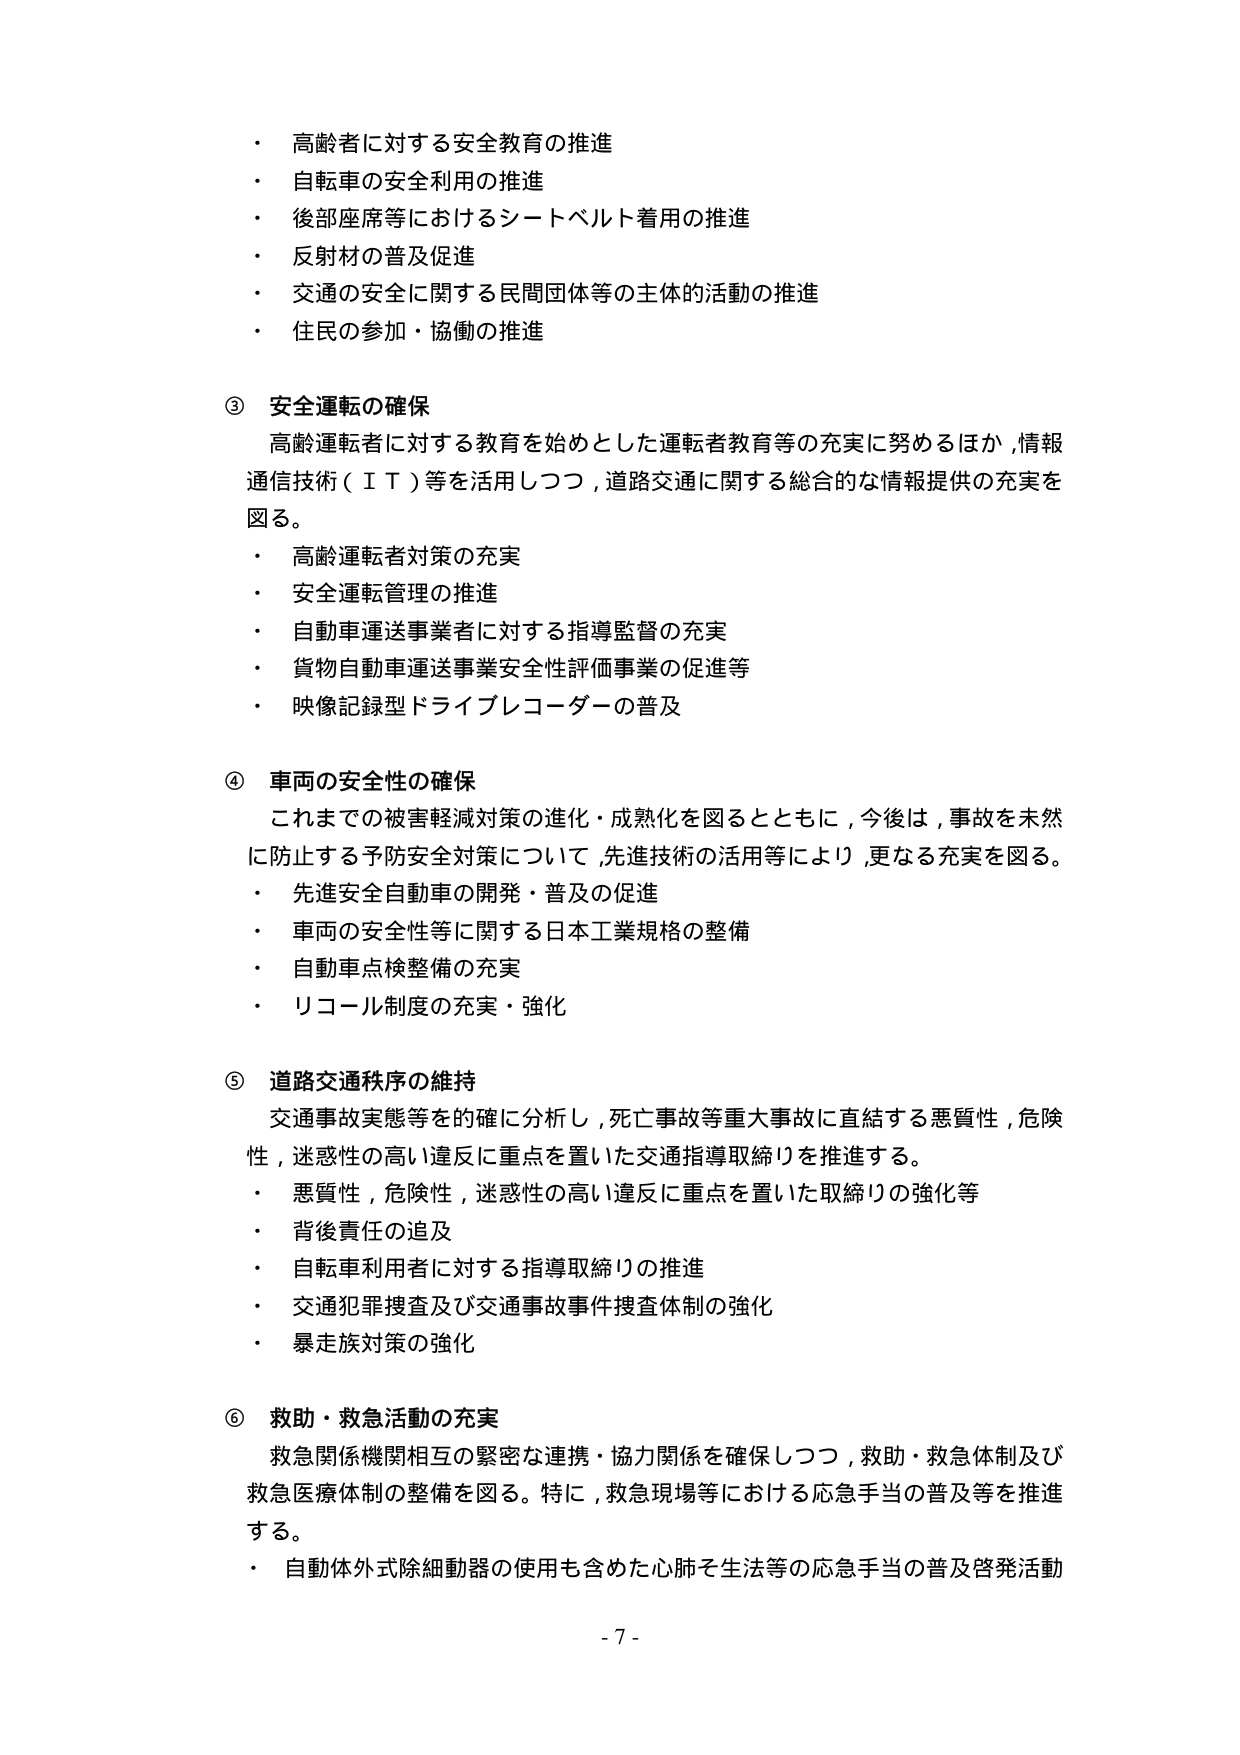
・ 高齢者に対する安全教育の推進
・ 自転車の安全利用の推進
・ 後部座席等におけるシートベルト着用の推進
・ 反射材の普及促進
・ 交通の安全に関する民間団体等の主体的活動の推進
・ 住民の参加・協働の推進

③ 安全運転の確保
高齢運転者に対する教育を始めとした運転者教育等の充実に努めるほか、情報通信技術（ＩＴ）等を活用しつつ、道路交通に関する総合的な情報提供の充実を図る。
・ 高齢運転者対策の充実
・ 安全運転管理の推進
・ 自動車運送事業者に対する指導監督の充実
・ 貨物自動車運送事業安全性評価事業の促進等
・ 映像記録型ドライブレコーダーの普及

④ 車両の安全性の確保
これまでの被害軽減対策の進化・成熟化を図るとともに、今後は、事故を未然に防止する予防安全対策について、先進技術の活用等により、更なる充実を図る。
・ 先進安全自動車の開発・普及の促進
・ 車両の安全性等に関する日本工業規格の整備
・ 自動車点検整備の充実
・ リコール制度の充実・強化

⑤ 道路交通秩序の維持
交通事故実態等を的確に分析し、死亡事故等重大事故に直結する悪質性、危険性、迷惑性の高い違反に重点を置いた交通指導取締りを推進する。
・ 悪質性、危険性、迷惑性の高い違反に重点を置いた取締りの強化等
・ 背後責任の追及
・ 自転車利用者に対する指導取締りの推進
・ 交通犯罪捜査及び交通事故事件捜査体制の強化
・ 暴走族対策の強化

⑥ 救助・救急活動の充実
救急関係機関相互の緊密な連携・協力関係を確保しつつ、救助・救急体制及び救急医療体制の整備を図る。特に、救急現場等における応急手当の普及等を推進する。
・ 自動体外式除細動器の使用も含めた心肺そ生活等の応急手当の普及啓発活動

- 7 -